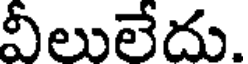
వీలులేదు.